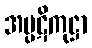
အပ္ပဋိကုဋ္ဌာ